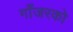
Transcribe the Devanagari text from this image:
गाँजरको